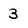
Character: 3